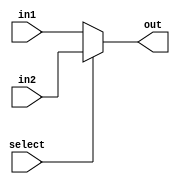
module Two_Input_mux(
							in1, 
							in2, 
							select, 
							out
						);
						parameter BUS_WIDTH = 8;
						parameter MSB = BUS_WIDTH - 1;
						
						input wire [MSB: 0] in1; 
						input wire [MSB: 0] in2;
						input wire select;
						output reg [MSB : 0] out;
						
						always @(*) begin
							out <= (select)? in2 : in1;
						end

endmodule